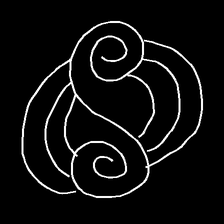
Glyph: wind-underfoot